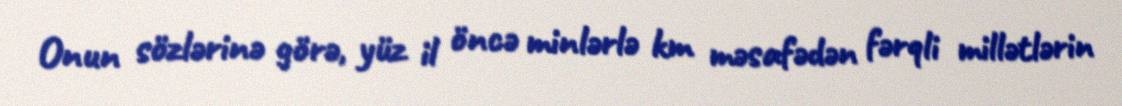
Onun sözlərinə görə, yüz il öncə minlərlə km məsafədən fərqli millətlərin